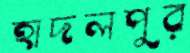
হাদলপুর